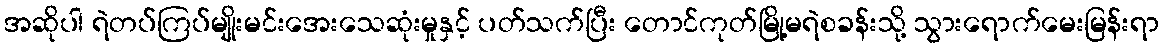
အဆိုပါ ရဲတပ်ကြပ်မျိုးမင်းအေးသေဆုံးမှုနှင့် ပတ်သက်ပြီး တောင်ကုတ်မြို့မရဲစခန်းသို့ သွားရောက်မေးမြန်းရာ